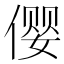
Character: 𱏆